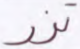
تزر